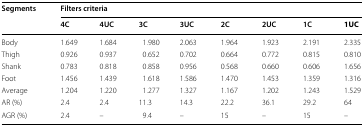
<table><thead><tr><td rowspan="2"><b>Segments</b></td><td colspan="8"><b>Filters criteria</b></td></tr><tr><td><b>4C</b></td><td><b>4UC</b></td><td><b>3C</b></td><td><b>3UC</b></td><td><b>2C</b></td><td><b>2UC</b></td><td><b>1C</b></td><td><b>1UC</b></td></tr></thead><tbody><tr><td>Body</td><td>1.649</td><td>1.684</td><td>1.980</td><td>2.063</td><td>1.964</td><td>1.923</td><td>2.191</td><td>2.335</td></tr><tr><td>Thigh</td><td>0.926</td><td>0.937</td><td>0.652</td><td>0.702</td><td>0.664</td><td>0.772</td><td>0.815</td><td>0.810</td></tr><tr><td>Shank</td><td>0.783</td><td>0.818</td><td>0.858</td><td>0.956</td><td>0.568</td><td>0.660</td><td>0.606</td><td>1.656</td></tr><tr><td>Foot</td><td>1.456</td><td>1.439</td><td>1.618</td><td>1.586</td><td>1.470</td><td>1.453</td><td>1.359</td><td>1.316</td></tr><tr><td>Average</td><td>1.204</td><td>1.220</td><td>1.277</td><td>1.327</td><td>1.167</td><td>1.202</td><td>1.243</td><td>1.529</td></tr><tr><td>AR (%)</td><td>2.4</td><td>2.4</td><td>11.3</td><td>14.3</td><td>22.2</td><td>36.1</td><td>29.2</td><td>64</td></tr><tr><td>AGR (%)</td><td>2.4</td><td>–</td><td>9.4</td><td>–</td><td>15</td><td>–</td><td>15</td><td>–</td></tr></tbody></table>